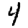
Digit: 4